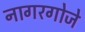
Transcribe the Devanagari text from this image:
नागरगोजे